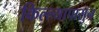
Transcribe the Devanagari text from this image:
किल्ल्यापासुन